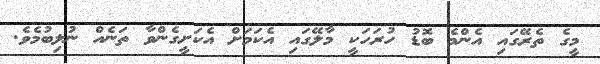
މީގެ ތެރޭގައި އެންމެ ބޮޑު ހުރަހަކީ މާލޭގައި އެކަމަށް އެކަށީގެންވާ ތަނެއް ނުލިބުމެވެ.